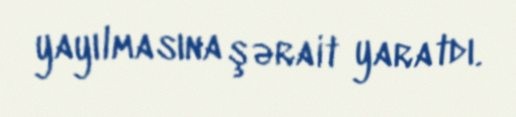
yayılmasına şərait yaratdı.